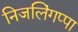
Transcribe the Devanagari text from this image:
निजलिंगप्पा